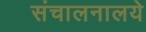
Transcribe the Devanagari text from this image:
संचालनालये